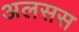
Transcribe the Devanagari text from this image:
अलसस